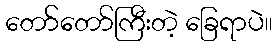
တော်တော်ကြီးတဲ့ ခြေရာပဲ။